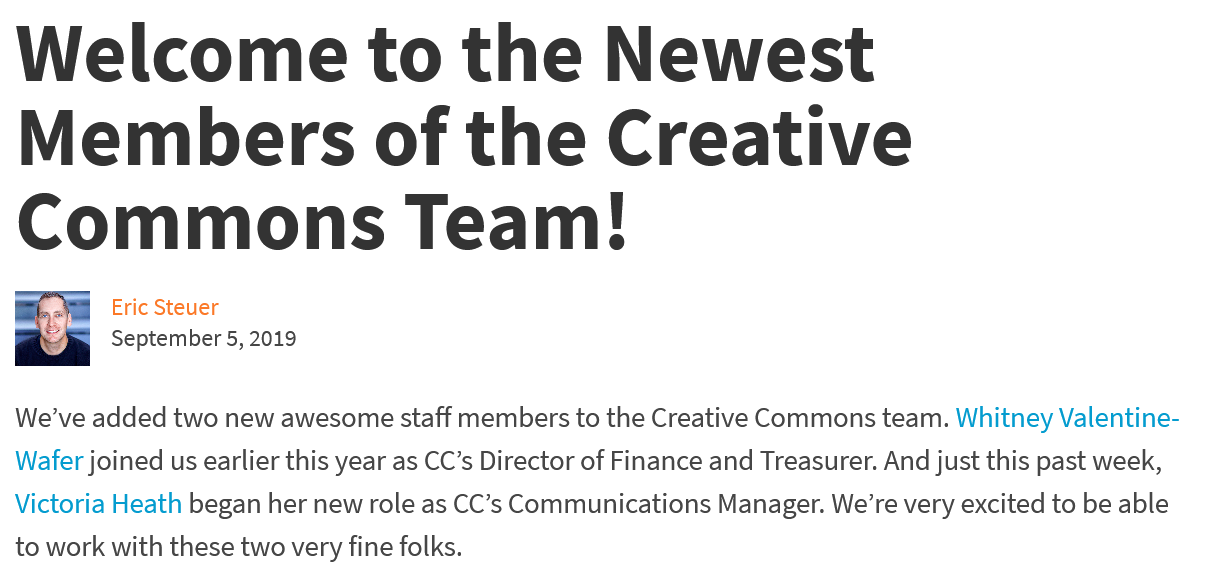
Welcome    to    the    Newest
  Members    of    the    Creative
  Commons    Team!
  We’ve added two new awesome staff members to the Creative Commons team. Whitney Valentine-
  Wafer joined us earlier this year as CC’s Director of Finance and Treasurer. And just this past week,
  Victoria Heath began her new role as CC’s Communications Manager. We’re very excited to be able
  to work with these two very fine folks.
  gE
     Eric Steuer
     September 5, 2019